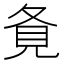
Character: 𡕚